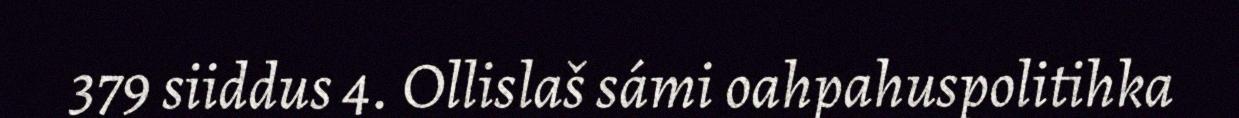
379 siiddus 4. Ollislaš sámi oahpahuspolitihka